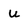
Character: u